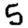
Digit: 5